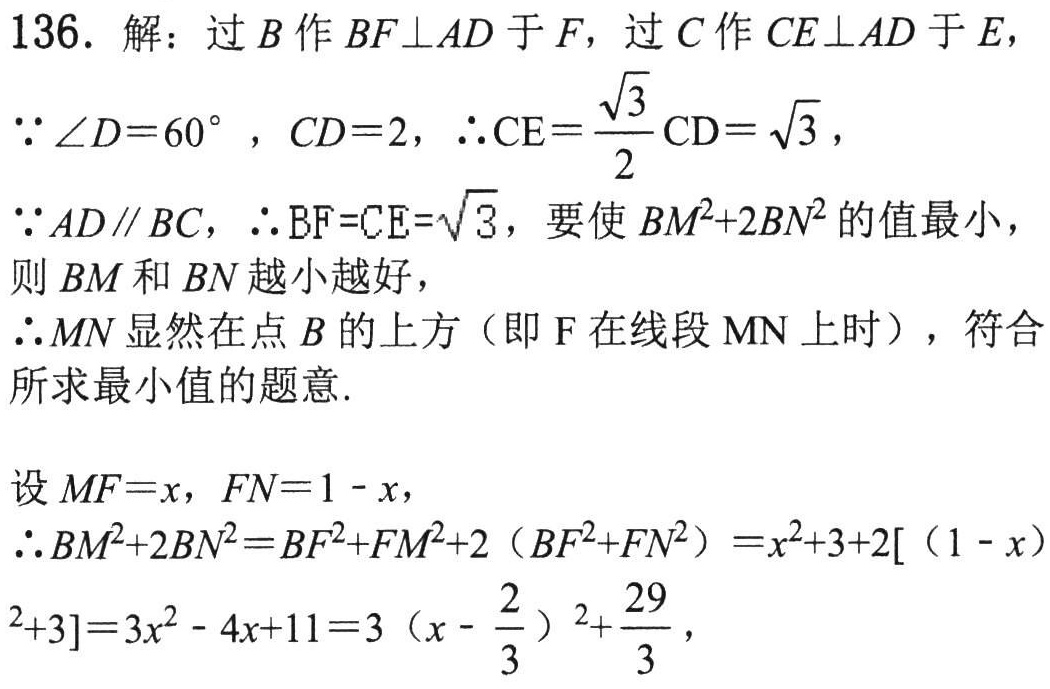
136. 解：过\(B\)作\(BF\perp AD\)于\(F\)，过\(C\)作\(CE\perp AD\)于\(E\)，
\(\because \angle D = 60^{\circ}\)，\(CD = 2\)，\(\therefore CE=\frac{\sqrt{3}}{2}CD=\sqrt{3}\)，
\(\because AD\parallel BC\)，\(\therefore BF = CE=\sqrt{3}\)，要使\(BM^{2}+2BN^{2}\)的值最小，
则\(BM\)和\(BN\)越小越好，
\(\therefore MN\)显然在点\(B\)的上方（即\(F\)在线段\(MN\)上时），符合
所求最小值的题意.

设\(MF = x\)，\(FN = 1 - x\)，
\(\therefore BM^{2}+2BN^{2}=BF^{2}+FM^{2}+2\left(BF^{2}+FN^{2}\right)=x^{2}+3 + 2\left[(1 - x)^{2}+3\right]=3x^{2}-4x + 11=3\left(x-\frac{2}{3}\right)^{2}+\frac{29}{3}\)，